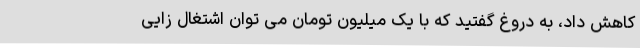
کاهش داد، به دروغ گفتید که با یک میلیون تومان می توان اشتغال زایی